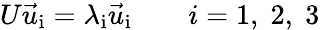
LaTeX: U\vec{u}_{\mathrm{i}}=\lambda_{\mathrm{i}}\vec{u}_{\mathrm{i}}\qquad i=1,\; 2,\; 3